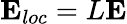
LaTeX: {\mathbf E}_{loc}=L{\mathbf E}